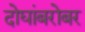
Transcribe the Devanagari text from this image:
दोघांबरोबर